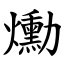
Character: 爋